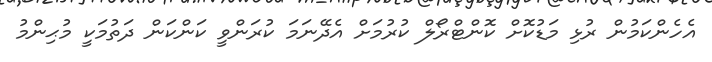
އެހެންކަމުން ރުޅި މަޑުކޮށް ކޮންޓްރޯލް ކުރުމަށް އެދޭނަމަ ކުރަންވީ ކަންކަން ދަތުމަކީ މުޙިންމު